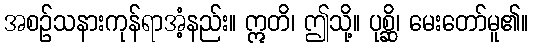
အစဉ်သနားကုန်ရာအံ့နည်း။ ဣတိ၊ ဤသို့။ ပုစ္ဆိ၊ မေးတော်မူ၏။